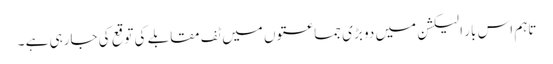
تاہم اس بار الیکشن میں دو بڑی جماعتوں میں ٹف مقابلے کی توقع کی جارہی ہے ۔